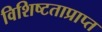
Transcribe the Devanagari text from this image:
विशिष्टताप्राप्त